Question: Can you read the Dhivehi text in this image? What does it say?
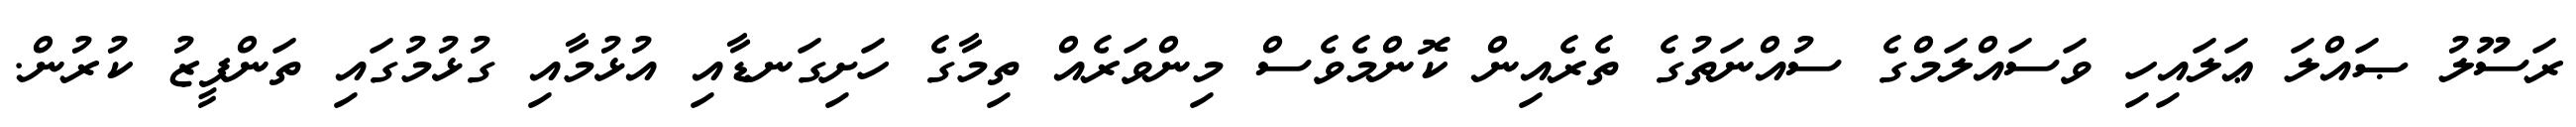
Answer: ރަސޫލު ޞައްލަ ޢަލައިހި ވަސައްލަމްގެ ސުއްނަތުގެ ތެރެއިން ކޮންމެވެސް މިންވަރެއް ތިމާގެ ހަށިގަނޑާއި އުޅުމާއި ގުޅުމުގައި ތަންފީޒު ކުރުން.